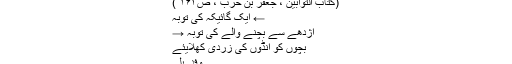
(کتاب التوابین ، جعفر بن حرب ، ص۱۶۳ )
← ایک گائیکہ کی توبہ
اژدھے سے بچنے والے کی توبہ →
بچّوں کو انڈوں کی زَردی کھلایئے
وفد َ بلی